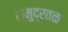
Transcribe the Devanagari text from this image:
समुद्रतळ